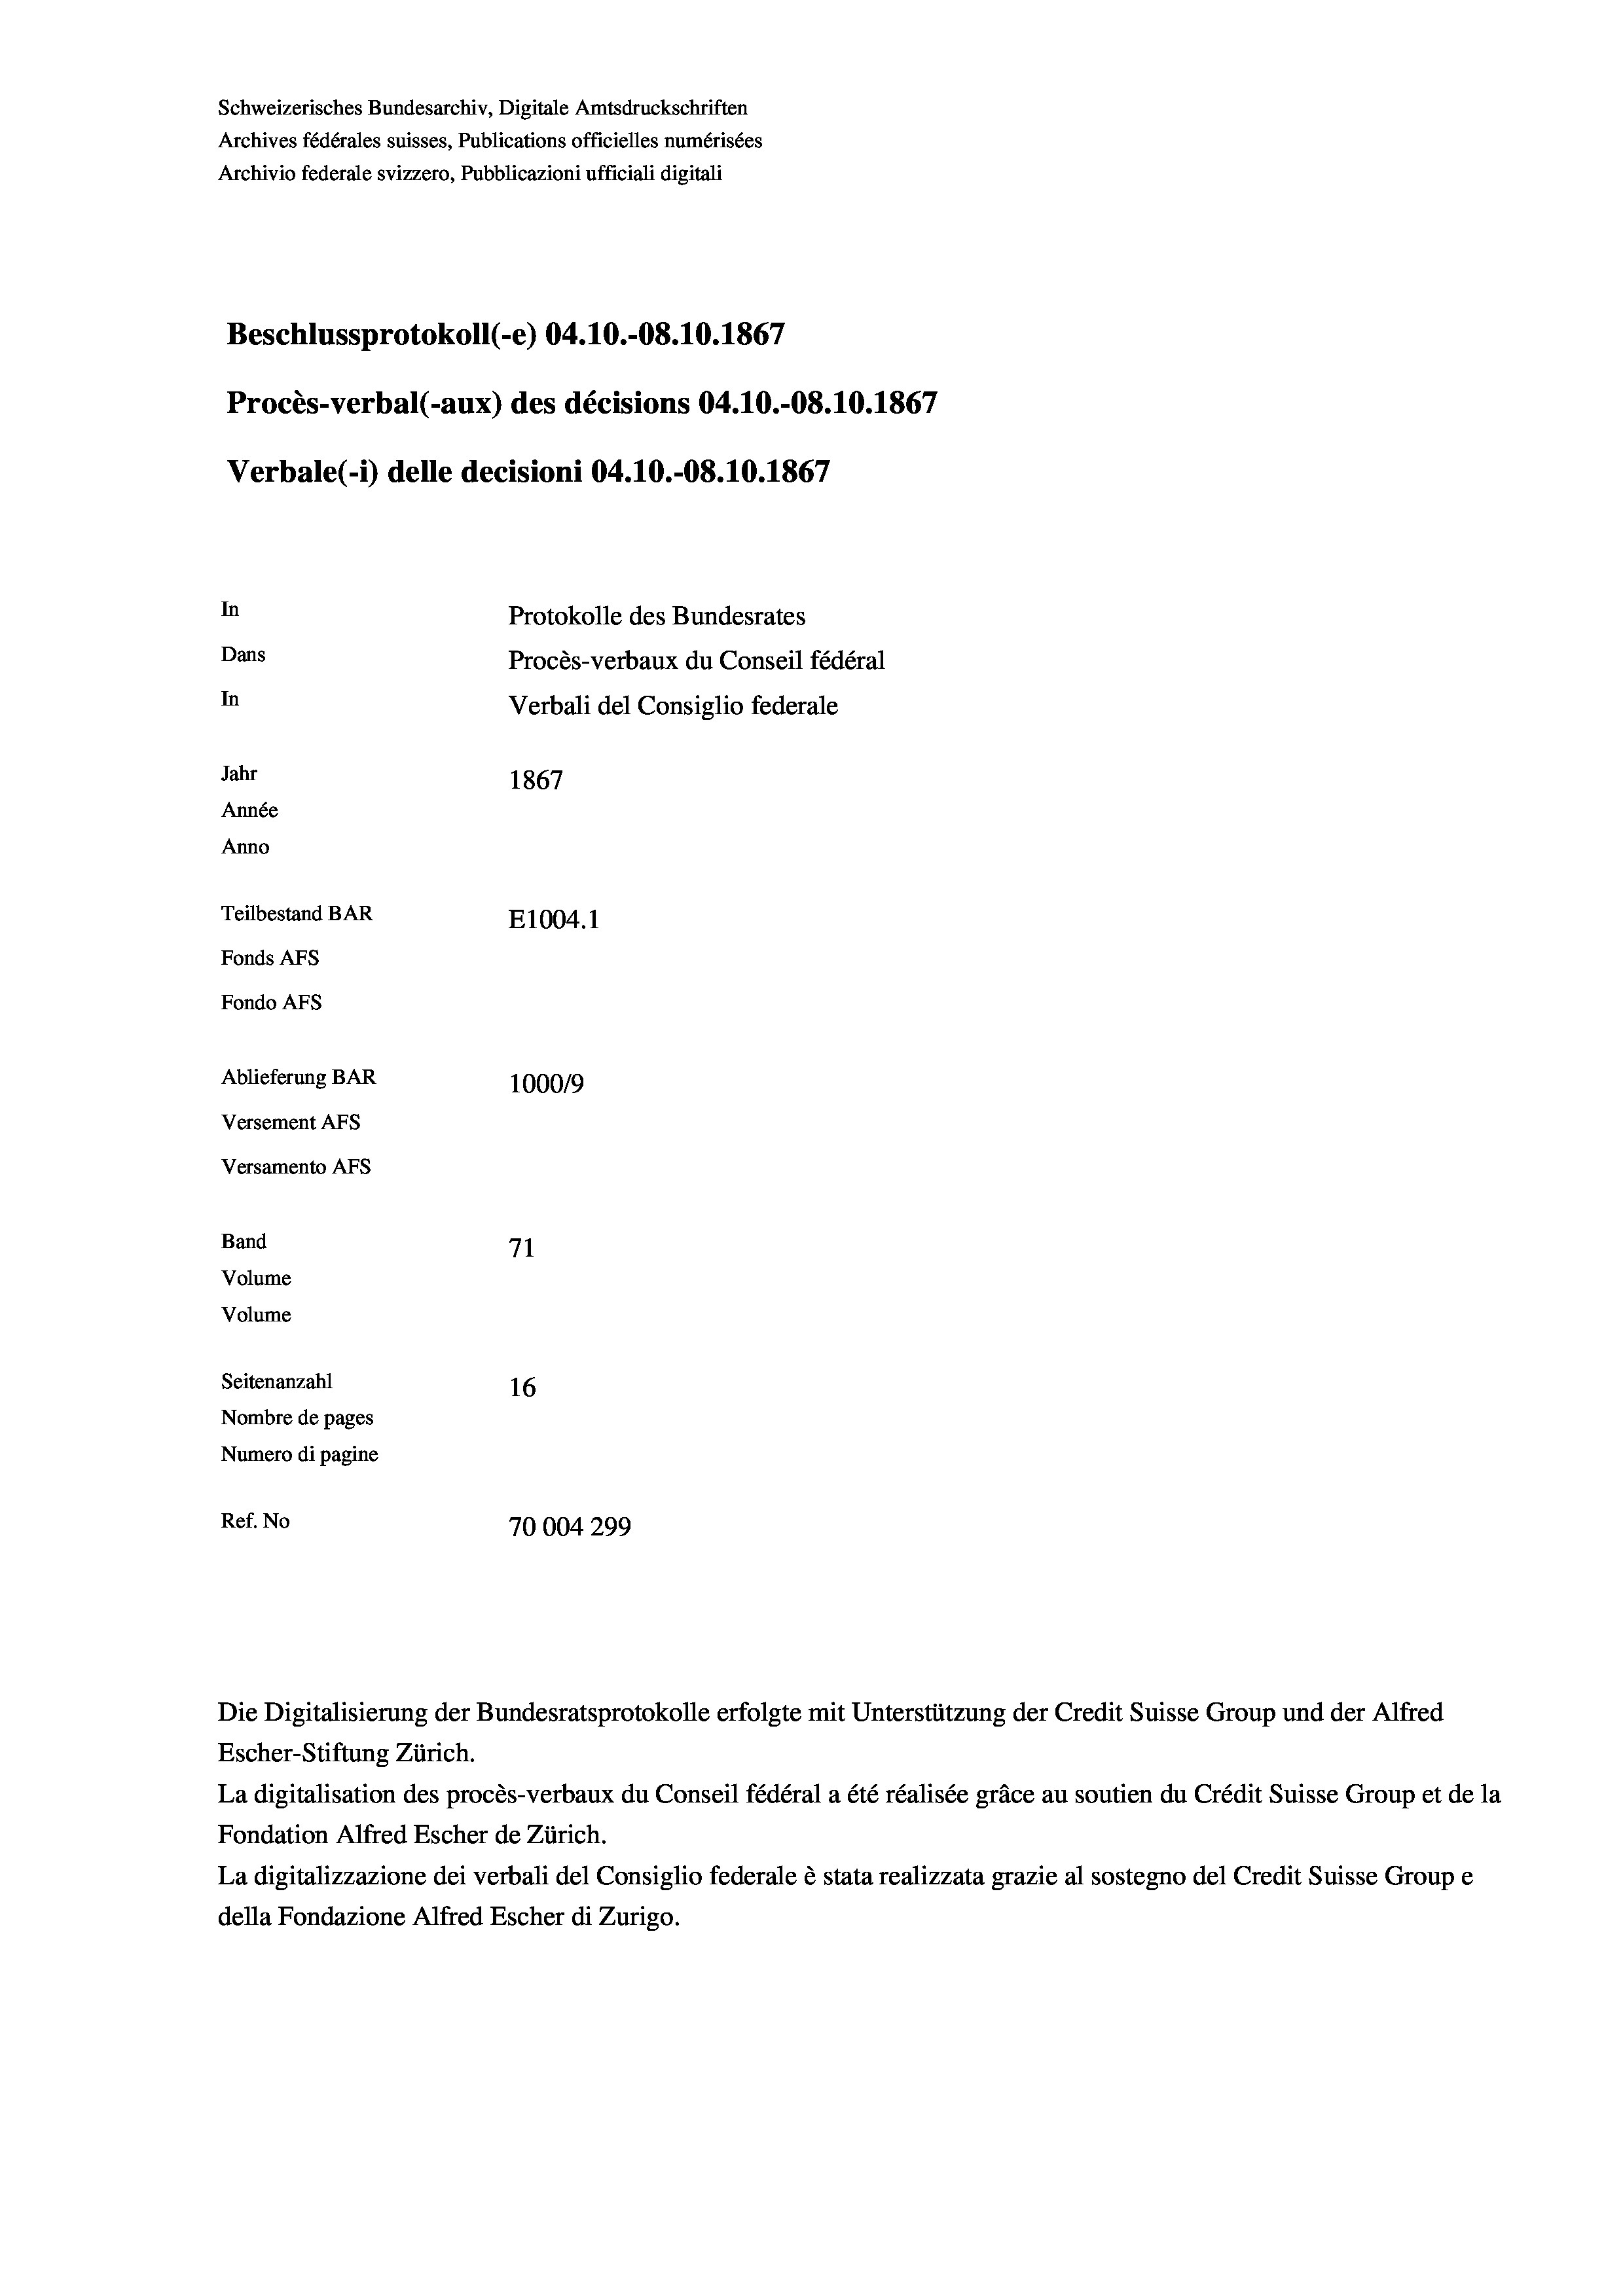
Schweizerisches Bundesarchiv, Digitale Amtsdruckschriften
Archives fédérales suisses, Publications officielles numérisées
Archivio federale svizzero, Pubblicazioni ufficiali digitali
Beschlussprotokoll (-e) 04.10.-08. 10. 1867
Procès-verbal (-aux) des décisions 04.10.-O8.10.1867
Verbale(-*) delle decisioni 04.10.-O8.10.1867
In
Protokolle des Bundesrates
Dans
Procès-verbaux du Conseil fédéral
In
Verbali del Consiglio federale
Jahr
1867
Année
Anno
Teilbestand BAR
E1004.1
Fonds AFs
Fondo AFs

Ablieferung BAR
Versement AFs
Versamento AFs
Band
Volume
Volume
Seitenanzahl

71
16
Nombre de pages
Numero di pagine
Ref. No
70004299

100019

Escher-Stiftung Zürich.
La digitalisation des procès-verbaux du Conseil fédéral a été réalisée gräce au soutien du Crédit Suisse Group et de la
Fondation Alfred Escher de Zürich.
La digitalizzazione dei verbali del Consiglio federale è stata realizzata grazie al sostegno del Credit Suisse Groupe
della Fondazione Alfred Escher di Zurigo.

Die Digitalisierung der Bundesratsprotokolle erfolgte mit Unterstützung der Credit Suisse Group und der Alfred